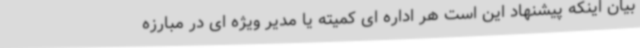
بیان اینکه پیشنهاد این است هر اداره ای کمیته یا مدیر ویژه ای در مبارزه